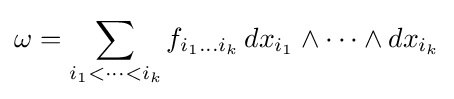
\omega =\sum _{i_{1}<\cdots <i_{k}}f_{i_{1}\dots i_{k}}\,dx_{i_{1}}\wedge \cdots \wedge dx_{i_{k}}